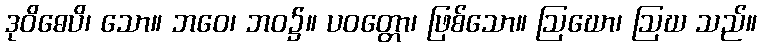
ဒုဝိဓေပိ၊ သော။ ဘဝေ၊ ဘဝ၌။ ပဝတ္တော၊ ဖြစ်သော။ ဩဃော၊ ဩဃ သည်။